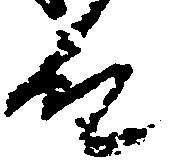
殿